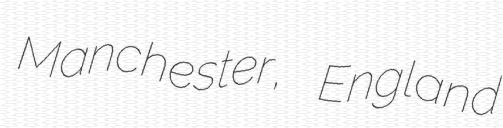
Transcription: Manchester, England